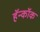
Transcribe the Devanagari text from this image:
हॅन्कॉक